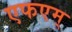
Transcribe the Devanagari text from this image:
एफएम्